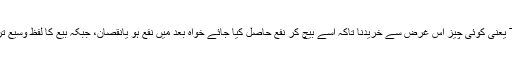
تجارت کا مطلب ہے Trade یعنی کوئی چیز اس غرض سے خریدنا تاکہ اسے بیچ کر نفع حاصل کیا جائے خواہ بعد میں نفع ہو یانقصان، جبکہ بیع کا لفظ وسیع تر معنی میں استعمال ہوتا ہے۔